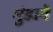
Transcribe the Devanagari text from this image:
मुंडाने